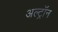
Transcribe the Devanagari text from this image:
अल्ट्राॅन